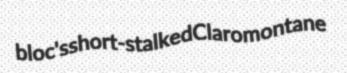
bloc's short-stalked Claromontane